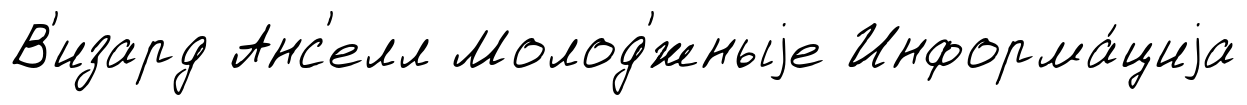
В'изард Анс'елл Молод'́жныjе Информа́циjа